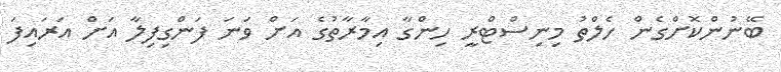
ބޭނުންކޮށްގެން ހެލްތު މިނިސްޓްރީ ހިންގާ އިމާރާތުގެ އަށް ވަނަ ފަންގިފިލާ އަށް އަރައިފަ